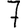
Digit: 7